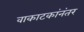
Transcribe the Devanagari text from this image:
वाकाटकांनंतर